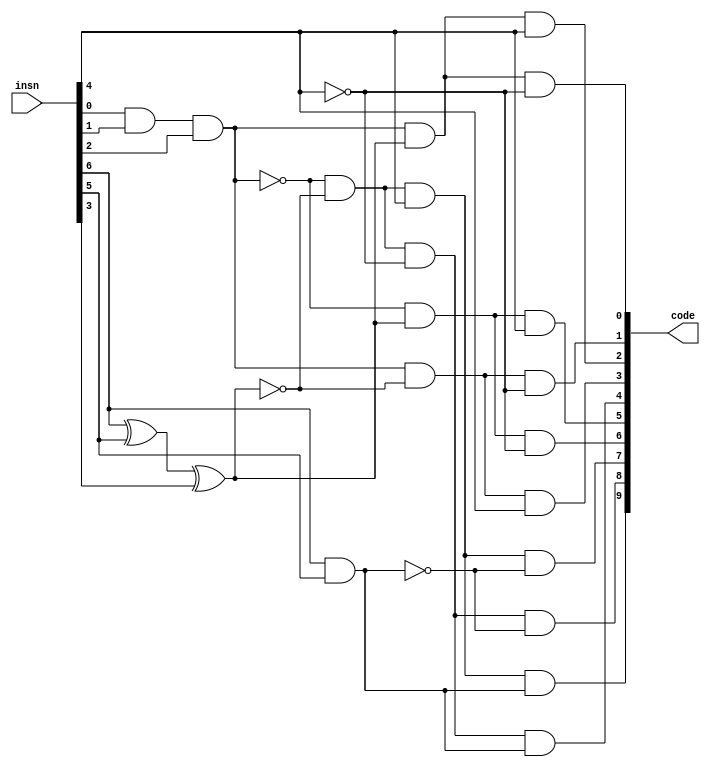
/* Mdulo responsvel por decodificar o OPCODE contido nos 7 LSB da instruo INSN.
Para cada OPCODE, faz a sada ser um cdigo binrio, conforme a seguir:
            OPCODE: 1101111 --> Code = 10'b0000000001; // Instruo tipo J 
            OPCODE: 1100111 --> Code = 10'b0000000010; // Instruo tipo I (Jarl)
            OPCODE: 0110111 --> Code = 10'b0000000100; // Instruo tipo U (LUI)
            OPCODE: 0010111 --> Code = 10'b0000001000; // Instruo tipo U (AUIPC)
            OPCODE: 1100011 --> Code = 10'b0000010000; // Instruo tipo B
            OPCODE: 0110011 --> Code = 10'b0000100000; // Instruo tipo R
            OPCODE: 0100011 --> Code = 10'b0001000000; // Instruo tipo S
            OPCODE: 0010011 --> Code = 10'b0010000000; // Instruo tipo I (ALU)
            OPCODE: 0000011 --> Code = 10'b0100000000; // Instruo tipo I (LOAD)
            OPCODE: 1110011 --> code = 10'b1000000000; // Instruo tipo I (CSR)

O "algoritmo" de decodificao  descrito abaixo:
    cada sada de Code  gerada por uma porta AND.
    O processo foi feito identificando os OPCODE em grupos com certos padres. 
    Quando um OPCODE  identificado em um grupo, todos os AND de sada dos OPCODE do outro grupo recebem 0, e portanto geram 0.
    Ao final, sobrar somente um grupo com um OPCODE, o qual gerar o sinal 1 (com os demais gerando 0).

    1. Primeiramente, os OPCODE so separados em dois grupos: os que o AND dos 3 LSB resulta em 1 e o que resultada em 0 (Unidade U0).
    Grupo 1 (resulta em 1): 1101111, 1100111, 0110111 e 0010111.
    Grupo 2 (resulta em 0): 1100011, 0110011, 0100011, 0010011, 0000011 e 1110011.

    2. Aps isso, eles so separados em outros dois grupos: os que o XOR entre os bit 6,5 e 3 de INSN resultam em 1 e os que resultam em 0 (Unidade U1).
    Grupo 1 (resulta em 1): 1101111, 0110111, 0110011, 0100011.
    Grupo 2 (resulta em 0): 1100111, 0010111, 1100011, 0010011, 0000011, 1110011.

    3. Seguindo, so separados em mais dois grupos: os que o AND entre os bits 6 e 5 de INSN resultam em 1 e os que resulta em 0 (Unidade U2);
    Grupo 1 (resulta em 1): 1101111, 1100111, 1100011, 1110011,
    Grupo 2 (resulta em 0): 0110111, 0110011, 0100011, 0010111, 0010011, 0000011.

    4. Por fim, separados nos grupos: os que o bit 4 de INSN  1 e os que  0.
    Grupo 1 ( 1): 1110011, 0110111, 0110011, 0010111, 0010011.
    Grupo 2 ( 0): 1101111, 1100111, 1100011, 0100011, 0000011.

    Exemplo:
    OPCODE: 1110011 - Instruo tipo I (CSR)
    1. Entra no grupo 2. Grupo atual: 1100011, 0110011, 0100011, 0010011, 0000011 e 1110011.
    2. Se enquadra no grupo 2. Grupo atual: 1100011,  0010011, 0000011, 1110011.
    3. Se enquadra no grupo 1. Grupo atual:  1100011, 1110011.
    4. Se enquadra no grupo 1. Grupo atual: 1110011.
    Assim, como toda vez que um opcode "entra em grupo" os AND de sada dos OPCODE de outros grupos geram 0, temos que o nico que gerar 1 ser o AND de sada do OPCODE da instruo tipo I (CSR).
*/
module op_decoder (
    input [31:0] insn,
    output [9:0] code
);
wire WU0, WU1, WU2;

    // AND de sada de cada instruo. Gera 1 somente se o OPCODE de insn for o da respectiva instruo.
    and A0 (code[0], WU0, WU1, ~insn[4]); // 1101111 J
    and A1 (code[1], WU0, ~WU1, ~insn[4]); // 1100111 I JARL
    and A2 (code[2], WU0, WU1, insn[4]); // 0110111 U LUI 
    and A3 (code[3], WU0, ~WU1, insn[4]); // 0010111 U AUIPC
    and A4 (code[4], ~WU0, ~WU1, ~insn[4], WU2); // 1100011 B
    and A5 (code[5], ~WU0, WU1, insn[4]); // 0110011 R
    and A6 (code[6], ~WU0, WU1, ~insn[4]); // 0100011 S
    and A7 (code[7], ~WU0, ~WU1, insn[4], ~WU2); // 0010011 I ALU
    and A8 (code[8], ~WU0, ~WU1, ~insn[4], ~WU2); // 0000011 I LOAD
    and A9 (code[9], ~WU0, ~WU1, insn[4], WU2); // 1110011 I CSR

    //Unidade 0. AND dos 3 LSB de insn
    and U0 (WU0, insn[0], insn[1], insn[2]);

    //Unidade 1. Xor dos bits 6,5 e 3 do insn
    xor U1 (WU1, insn[6], insn[5], insn[3]);

    //Unidade 2. And dos bits 6 e 5 do insn
    and U2 (WU2, insn[6], insn[5]);

endmodule